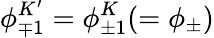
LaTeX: \phi_{\mp 1}^{K^{\prime}}=\phi_{\pm 1}^{K}(=\phi_{\pm})